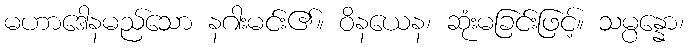
မဟာဒေါနမည်သော နဂါးမင်း၏။ ဝိနယေန၊ ဆုံးမခြင်းဖြင့်။ သမ္ပန္နော၊